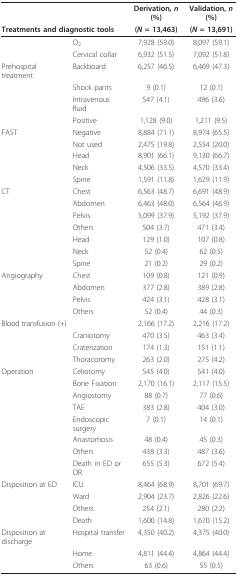
<table><thead><tr><td></td><td></td><td><b>Derivation, <i>n </i>(%)</b></td><td><b>Validation, <i>n </i>(%)</b></td></tr><tr><td colspan="2"><b>Treatments and diagnostic tools</b></td><td><b>(<i>N </i>= 13,463)</b></td><td><b>(<i>N </i>= 13,691)</b></td></tr></thead><tbody><tr><td></td><td>O<sub>2</sub></td><td>7,928 (59.0)</td><td>8,097 (59.1)</td></tr><tr><td></td><td>Cervical collar</td><td>6,932 (51.5)</td><td>7,092 (51.8)</td></tr><tr><td>Prehospital treatment</td><td>Backboard</td><td>6,257 (46.5)</td><td>6,469 (47.3)</td></tr><tr><td></td><td>Shock pants</td><td>9 (0.1)</td><td>12 (0.1)</td></tr><tr><td></td><td>Intravenous fluid</td><td>547 (4.1)</td><td>496 (3.6)</td></tr><tr><td></td><td>Positive</td><td>1,128 (9.0)</td><td>1,211 (9.5)</td></tr><tr><td>FAST</td><td>Negative</td><td>8,884 (71.1)</td><td>8,974 (65.5)</td></tr><tr><td></td><td>Not used</td><td>2,475 (19.8)</td><td>2,554 (20.0)</td></tr><tr><td></td><td>Head</td><td>8,901 (66.1)</td><td>9,130 (66.7)</td></tr><tr><td></td><td>Neck</td><td>4,506 (33.5)</td><td>4,570 (33.4)</td></tr><tr><td></td><td>Spine</td><td>1,591 (11.8)</td><td>1,629 (11.9)</td></tr><tr><td>CT</td><td>Chest</td><td>6,563 (48.7)</td><td>6,691 (48.9)</td></tr><tr><td></td><td>Abdomen</td><td>6,463 (48.0)</td><td>6,564 (46.9)</td></tr><tr><td></td><td>Pelvis</td><td>5,099 (37.9)</td><td>5,192 (37.9)</td></tr><tr><td></td><td>Others</td><td>504 (3.7)</td><td>471 (3.4)</td></tr><tr><td></td><td>Head</td><td>129 (1.0)</td><td>107 (0.8)</td></tr><tr><td></td><td>Neck</td><td>52 (0.4)</td><td>62 (0.5)</td></tr><tr><td></td><td>Spine</td><td>21 (0.2)</td><td>29 (0.2)</td></tr><tr><td>Angiography</td><td>Chest</td><td>109 (0.8)</td><td>121 (0.9)</td></tr><tr><td></td><td>Abdomen</td><td>377 (2.8)</td><td>389 (2.8)</td></tr><tr><td></td><td>Pelvis</td><td>424 (3.1)</td><td>428 (3.1)</td></tr><tr><td></td><td>Others</td><td>52 (0.4)</td><td>44 (0.3)</td></tr><tr><td>Blood transfusion (+)</td><td></td><td>2,166 (17.2)</td><td>2,216 (17.2)</td></tr><tr><td></td><td>Craniotomy</td><td>470 (3.5)</td><td>463 (3.4)</td></tr><tr><td></td><td>Craterization</td><td>174 (1.3)</td><td>151 (1.1)</td></tr><tr><td></td><td>Thoracotomy</td><td>263 (2.0)</td><td>275 (4.2)</td></tr><tr><td>Operation</td><td>Celiotomy</td><td>545 (4.0)</td><td>541 (4.0)</td></tr><tr><td></td><td>Bone Fixation</td><td>2,170 (16.1)</td><td>2,117 (15.5)</td></tr><tr><td></td><td>Angiostomy</td><td>88 (0.7)</td><td>77 (0.6)</td></tr><tr><td></td><td>TAE</td><td>383 (2.8)</td><td>404 (3.0)</td></tr><tr><td></td><td>Endoscopic surgery</td><td>7 (0.1)</td><td>14 (0.1)</td></tr><tr><td></td><td>Anastomosis</td><td>48 (0.4)</td><td>45 (0.3)</td></tr><tr><td></td><td>Others</td><td>438 (3.3)</td><td>487 (3.6)</td></tr><tr><td></td><td>Death in ED or OR</td><td>655 (5.3)</td><td>672 (5.4)</td></tr><tr><td>Disposition at ED</td><td>ICU</td><td>8,464 (68.9)</td><td>8,701 (69.7)</td></tr><tr><td></td><td>Ward</td><td>2,904 (23.7)</td><td>2,826 (22.6)</td></tr><tr><td></td><td>Others</td><td>254 (2.1)</td><td>280 (2.2)</td></tr><tr><td></td><td>Death</td><td>1,600 (14.8)</td><td>1,670 (15.2)</td></tr><tr><td>Disposition at discharge</td><td>Hospital transfer</td><td>4,350 (40.2)</td><td>4,375 (40.0)</td></tr><tr><td></td><td>Home</td><td>4,811 (44.4)</td><td>4,864 (44.4)</td></tr><tr><td></td><td>Others</td><td>63 (0.6)</td><td>55 (0.5)</td></tr></tbody></table>